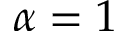
\alpha = 1